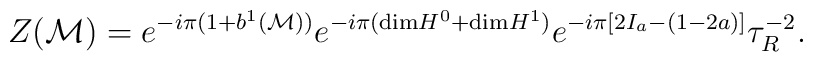
Z({\cal M}) = e^{-i \pi (1 + b^1 ({\cal M}))} e^{-i \pi            ({\rm dim}H^0 + {\rm dim}H^1)} e^{-i \pi             [ 2I_a - (1-2a)]}{\tau}_R^{-2}.